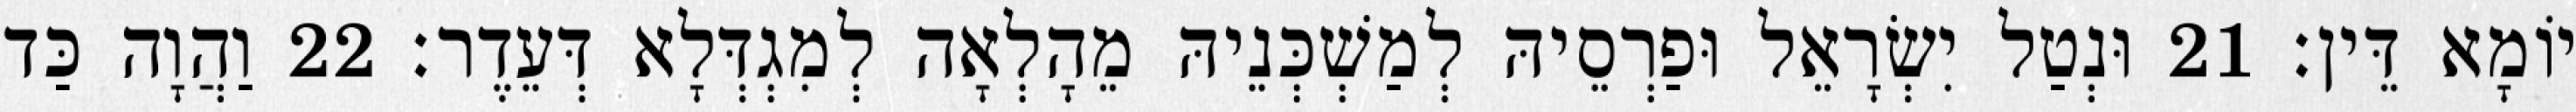
יוֹמָא דֵּין׃ 21 וּנְטַל יִשְׂרָאֵל וּפַרְסֵיהּ לְמַשְׁכְּנֵיהּ מֵהָלְאָה לְמִגְדְּלָא דְּעֵדֶר׃ 22 וַהֲוָה כַּד